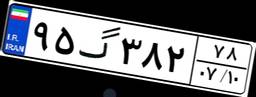
۹۵گ۳۸۲۷۸